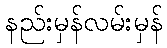
နည်းမှန်လမ်းမှန်